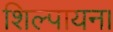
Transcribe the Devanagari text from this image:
शिल्पायन।